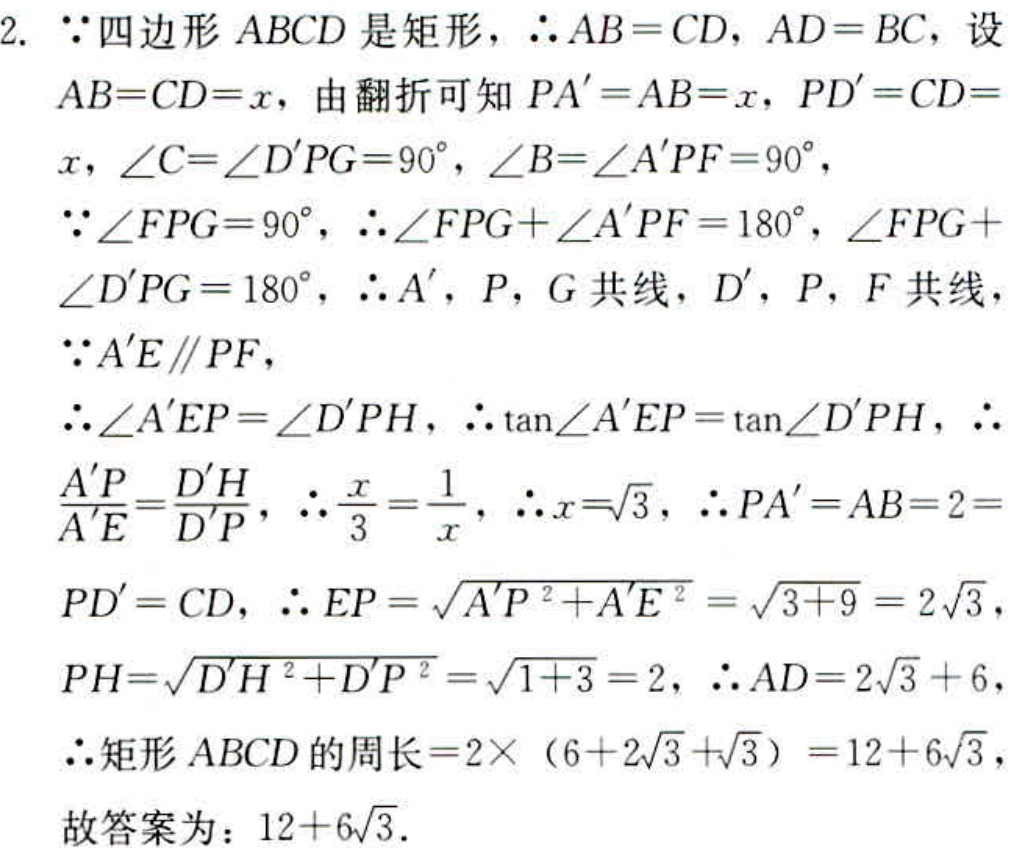
2. 因为四边形 \(ABCD\) 是矩形，所以 \(AB = CD\)，\(AD = BC\)，设 \(AB=CD = x\)，由翻折可知 \(PA'=AB = x\)，\(PD'=CD = x\)，\(\angle C=\angle D'PG = 90^{\circ}\)，\(\angle B=\angle A'PF = 90^{\circ}\)，
因为 \(\angle FPG = 90^{\circ}\)，所以 \(\angle FPG+\angle A'PF = 180^{\circ}\)，\(\angle FPG+\angle D'PG = 180^{\circ}\)，所以 \(A'\)，\(P\)，\(G\) 共线，\(D'\)，\(P\)，\(F\) 共线，
因为 \(A'E\parallel PF\)，
所以 \(\angle A'EP=\angle D'PH\)，所以 \(\tan\angle A'EP=\tan\angle D'PH\)，所以 \(\frac{A'P}{A'E}=\frac{D'H}{D'P}\)，所以 \(\frac{x}{3}=\frac{1}{x}\)，所以 \(x = \sqrt{3}\)，所以 \(PA'=AB = 2=PD'=CD\)，所以 \(EP=\sqrt{A'P^{2}+A'E^{2}}=\sqrt{3 + 9}=2\sqrt{3}\)，
\(PH=\sqrt{D'H^{2}+D'P^{2}}=\sqrt{1 + 3}=2\)，所以 \(AD=2\sqrt{3}+6\)，
所以矩形 \(ABCD\) 的周长 \(=2\times(6 + 2\sqrt{3}+\sqrt{3})=12 + 6\sqrt{3}\)，
故答案为：\(12 + 6\sqrt{3}\)。